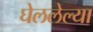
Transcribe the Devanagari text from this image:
घेललेल्या